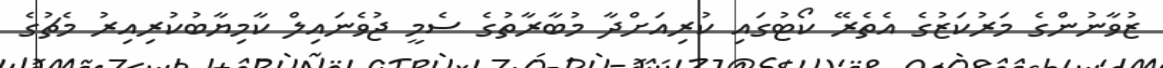
ޒުވާނުންގެ މަރުކަޒުގެ އެތެރޭ ކޯޓުގައި ކުރިއަށްދާ މުބާރާތުގެ ސެމީ ޖުވެނައިލް ކާމިޔާބުކުރިއިރު މެޗުގެ